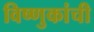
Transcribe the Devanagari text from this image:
विष्णुकांची